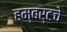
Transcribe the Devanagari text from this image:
हम्बर्टचे